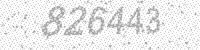
Solution: 826443